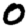
Digit: 0